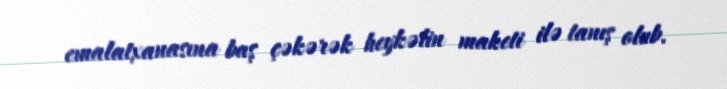
emalatxanasına baş çəkərək heykəlin maketi ilə tanış olub.